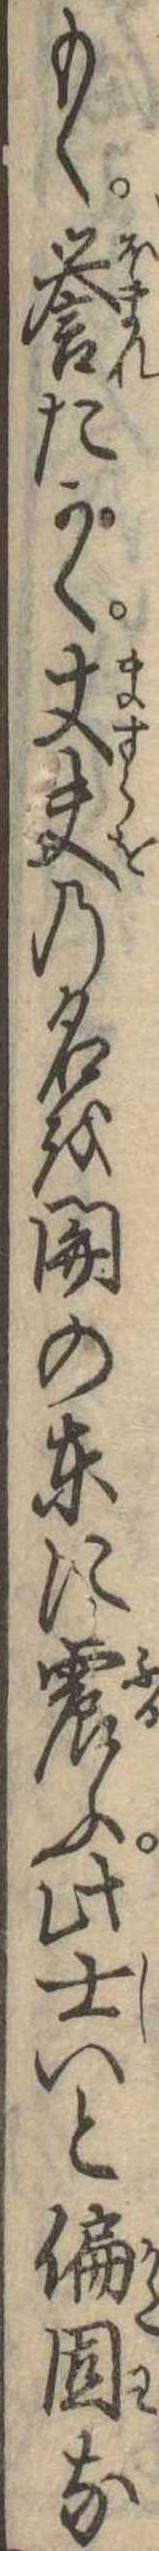
もく誉たかく丈夫の名を関の東に震ふ此士いと偏固な